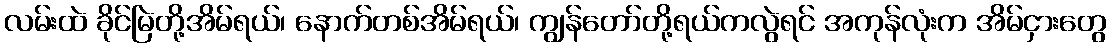
လမ်းထဲ ခိုင်မြဲတို့အိမ်ရယ်၊ နောက်တစ်အိမ်ရယ်၊ ကျွန်တော်တို့ရယ်ကလွဲရင် အကုန်လုံးက အိမ်ငှားတွေ